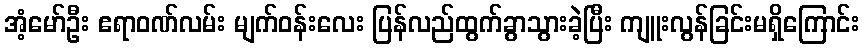
အံ့မော်ဦး ဧရာဝဏ်လမ်း မျက်ဝန်းလေး ပြန်လည်ထွက်ခွာသွားခဲ့ပြီး ကျူးလွန်ခြင်းမရှိကြောင်း